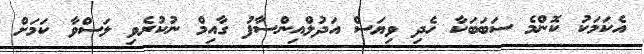
އެކަމަކު ކޮންމެ ސަބަބަކާ ހެދި ވިޔަސް އަދުލްއިންސާފު ގާއިމް ނުކުރެވި ލަސްވާ ކަމަށް